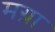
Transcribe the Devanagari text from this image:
मग्रा